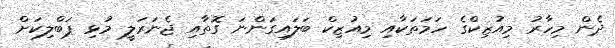
ދެން މިހާރު މިއުޒިކްގެ ހަމަތަކާއި މިއުޒިކް ބަލައިގަންނަ ގޮތާއި ޖެނަރަލީ މުޅި ޕަބްލިކަށް